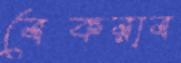
বেকরাব